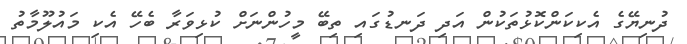
ދުނިޔޭގެ އެކިކަންކޮޅުތަކުން އަދި ދަނޑުގައި ތިބޭ މީހުންނަށް ކުޅިވަރާ ބެހޭ އެކި މައުލޫމާތު